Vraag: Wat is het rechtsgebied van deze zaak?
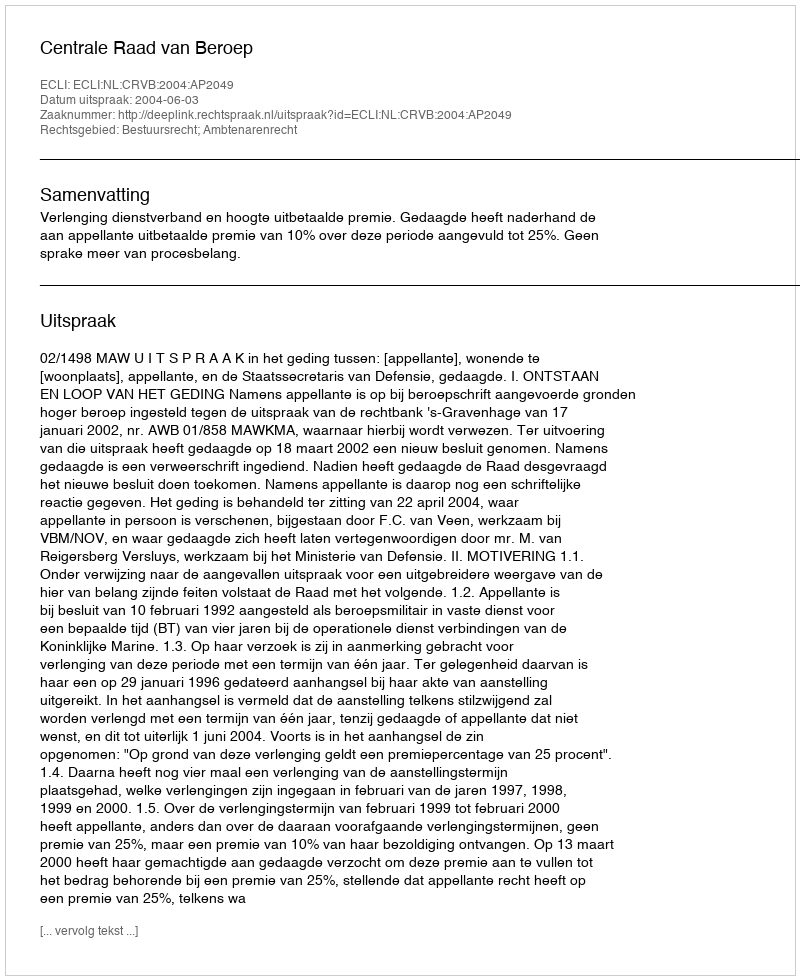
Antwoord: Bestuursrecht; Ambtenarenrecht